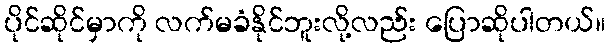
ပိုင်ဆိုင်မှာကို လက်မခံနိုင်ဘူးလို့လည်း ပြောဆိုပါတယ်။